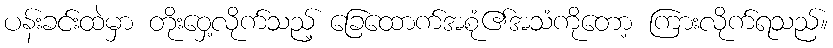
ပန်းခင်းထဲမှာ တိုးဝှေ့လိုက်သည့် ခြေထောက်အစုံ၏အသံကိုတော့ ကြားလိုက်ရသည်။